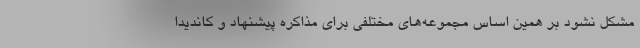
مشکل نشود بر همین اساس مجموعه‌های مختلفی برای مذاکره پیشنهاد و کاندیدا